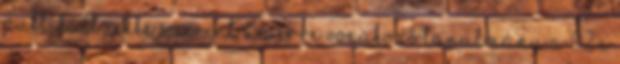
publikált cikke szerint az erre vonakozó tanulmány a 92°C